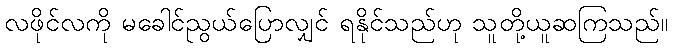
လဖိုင်လကို မခေါင်ညွယ်ပြောလျှင် ရနိုင်သည်ဟု သူတို့ယူဆကြသည်။